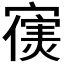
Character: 𫴊